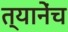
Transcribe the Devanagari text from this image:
त्यानेंच